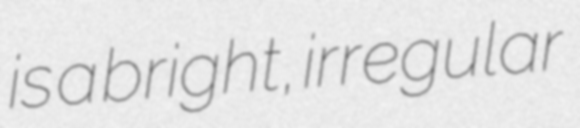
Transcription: is a bright, irregular